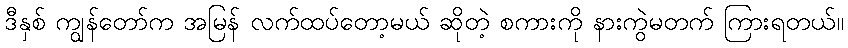
ဒီနှစ် ကျွန်တော်က အမြန် လက်ထပ်တော့မယ် ဆိုတဲ့ စကားကို နားကွဲမတက် ကြားရတယ်။